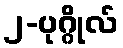
၂-ပုဂ္ဂိုလ်